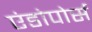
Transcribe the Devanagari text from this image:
एंडोपोर्स